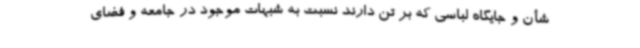
شأن و جایگاه لباسی که بر تن دارند نسبت به شبهات موجود در جامعه و فضای